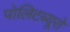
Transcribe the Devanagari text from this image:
पोलिटब्यूरो